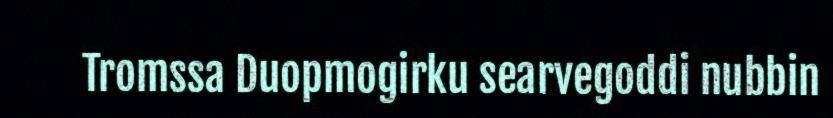
Tromssa Duopmogirku searvegoddi nubbin